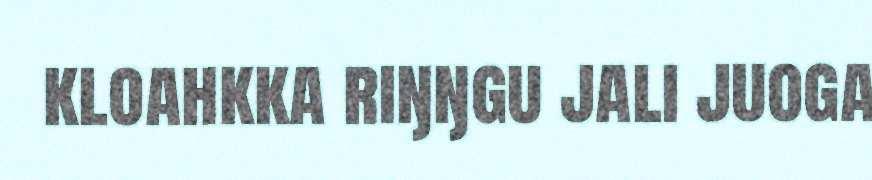
kloahkka riŋŋgu jali juoga